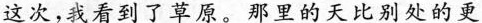
这次，我看到了草原。那里的天比别处的更